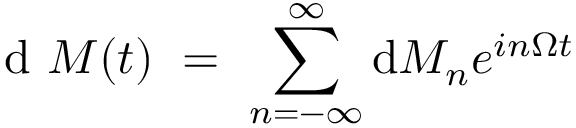
\mathrm { d } ~ M ( t ) ~ = ~ \sum _ { n = - \infty } ^ { \infty } \mathrm { d } M _ { n } e ^ { i n \Omega t }